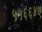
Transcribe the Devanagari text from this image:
५५६६४७